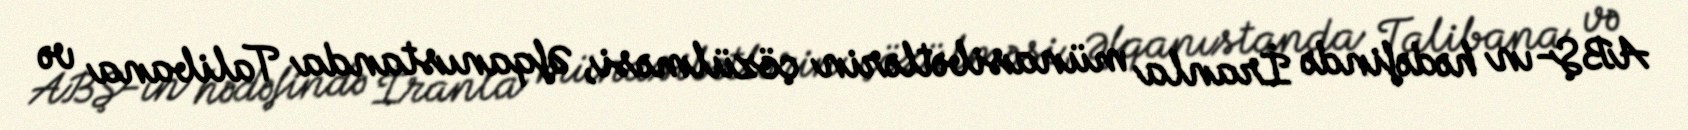
ABŞ-ın hədəfində İranla münasibətlərin çözülməsi, Əfqanıstanda Talibana və